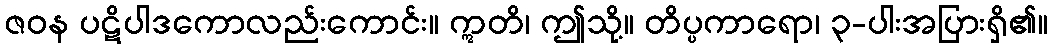
ဇဝန ပဋိပါဒကောလည်းကောင်း။ ဣတိ၊ ဤသို့။ တိပ္ပကာရော၊ ၃-ပါးအပြားရှိ၏။